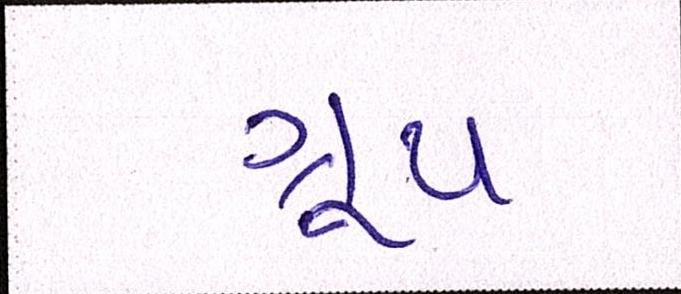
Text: ગ્રૂપ